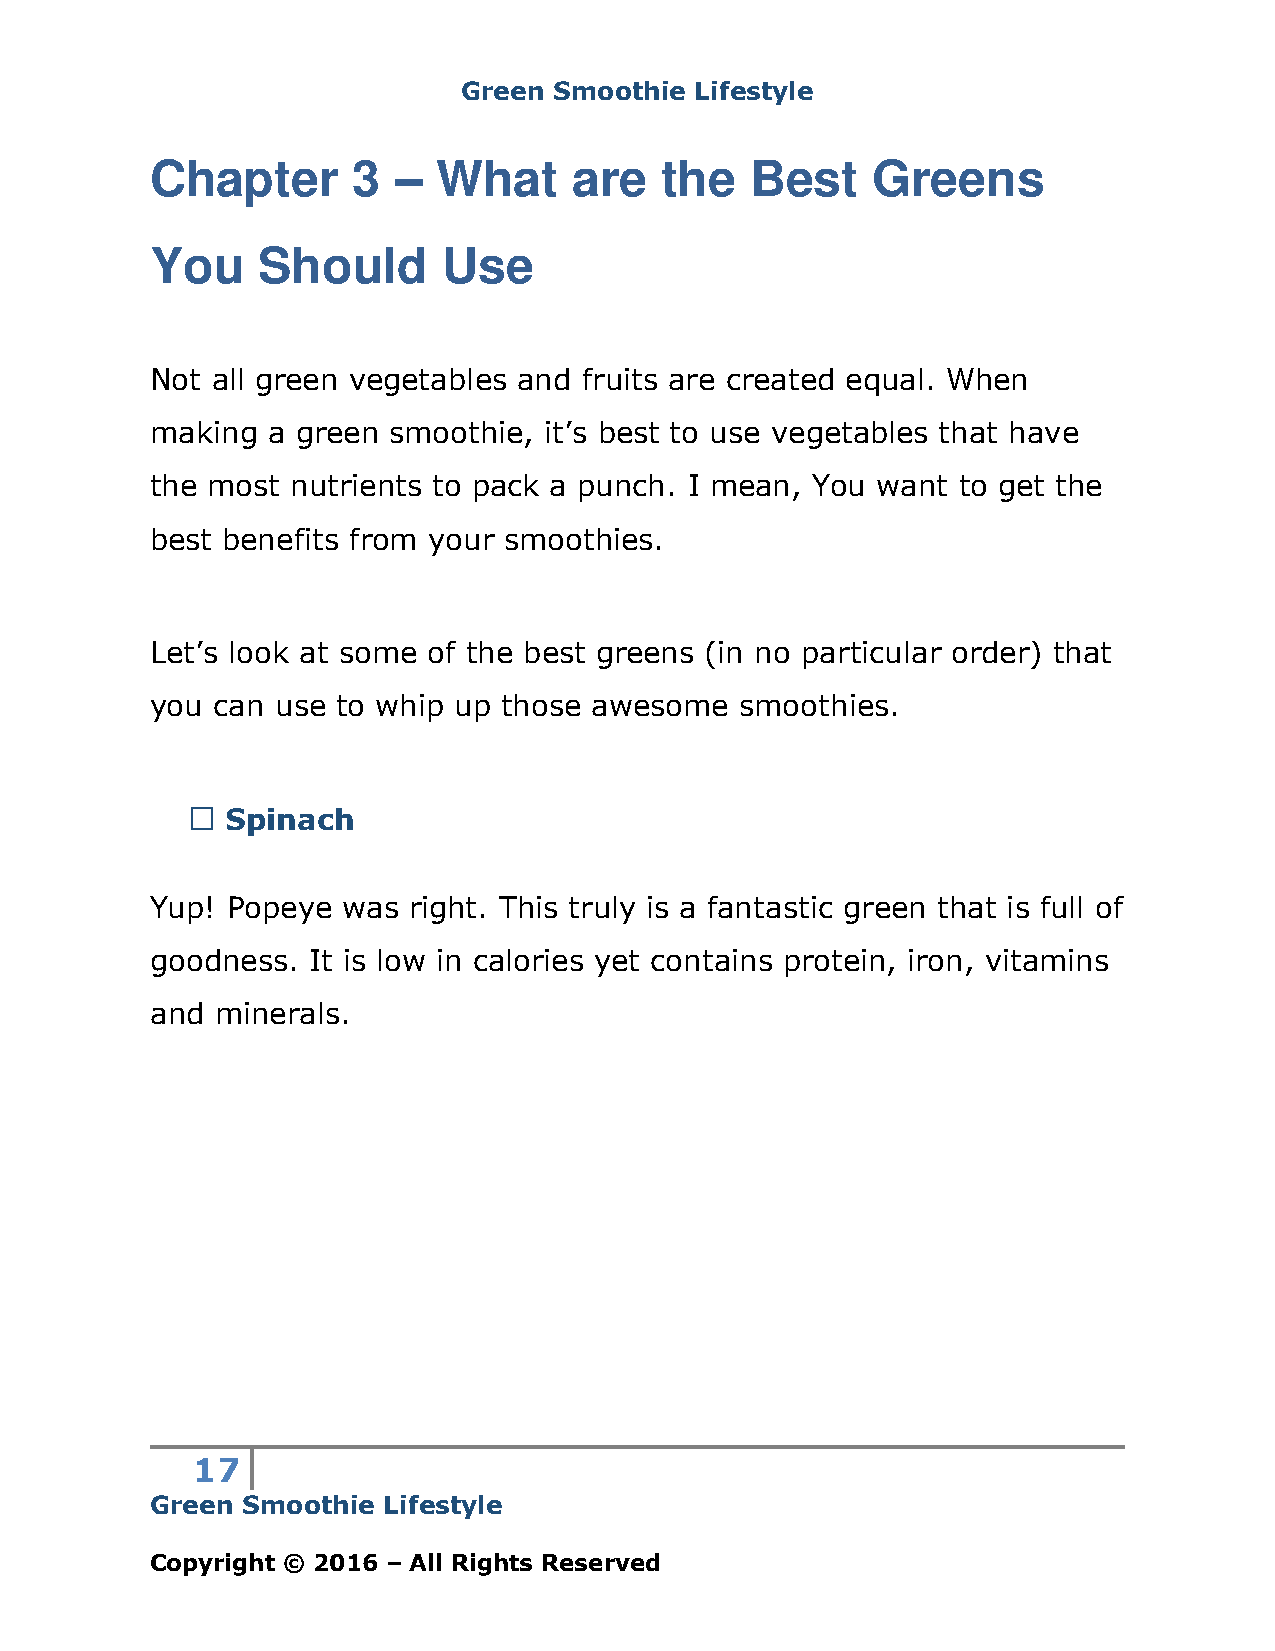
Green Smoothie Lifestyle
 Chapter      3     What     are   the   Best    Greens
 –
 You    Should      Use
 Not all green vegetables and fruits are created equal. When
 making  a green smoothie, it’s best to use vegetables that have
 the most nutrients to pack a punch. I mean, You want to get the
 best benefits from your smoothies.
 Let’s look at some of the best greens (in no particular order) that
 you can use to whip up those awesome   smoothies.
 Spinach
 Yup! Popeye  was right. This truly is a fantastic green that is full of
 goodness. It is low in calories yet contains protein, iron, vitamins
 and minerals.
 17
 Green Smoothie Lifestyle
 Copyright © 2016 – All Rights Reserved